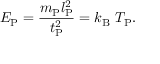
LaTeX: E _ { \mathrm { P } } = { \frac { m _ { \mathrm { P } } l _ { \mathrm { P } } ^ { 2 } } { t _ { \mathrm { P } } ^ { 2 } } } = k _ { \mathrm { B } } \ T _ { \mathrm { P } } .